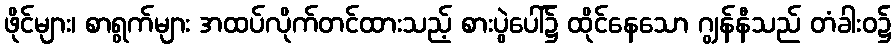
ဖိုင်များ၊ စာရွက်များ အထပ်လိုက်တင်ထားသည့် စားပွဲပေါ်၌ ထိုင်နေသော ဂျွန်နီသည် တံခါးဝ၌